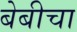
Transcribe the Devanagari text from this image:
बेबीचा